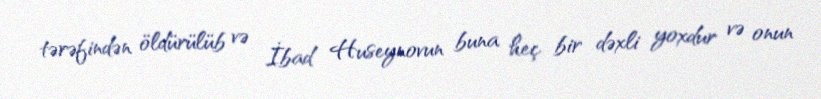
tərəfindən öldürülüb və İbad Huseynovun buna heç bir dəxli yoxdur və onun